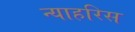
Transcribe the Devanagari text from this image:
न्याहरिस